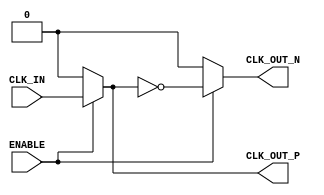
module differential_clock_buffer (
    input wire CLK_IN,       // Single-ended input clock
    input wire ENABLE,       // Control signal to enable/disable the buffer
    output wire CLK_OUT_P,   // Positive differential clock output
    output wire CLK_OUT_N    // Negative differential clock output
);

    // Internal signals
    wire clk_buf;            // Buffered clock signal

    // Buffer to amplify the input clock signal
    // This can be replaced with a specific buffer implementation if needed
    assign clk_buf = ENABLE ? CLK_IN : 1'b0; // Buffer output when ENABLE is high, else low

    // Inverter to generate the negative clock output
    assign CLK_OUT_P = clk_buf;                 // Buffered clock output
    assign CLK_OUT_N = ENABLE ? ~clk_buf : 1'b0; // Inverted output when ENABLE is high, else low

endmodule